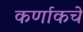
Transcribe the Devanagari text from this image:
कर्णाकचे